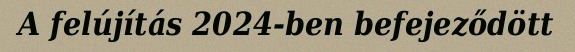
A felújítás 2024-ben befejeződött